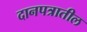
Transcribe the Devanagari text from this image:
दानपत्रातील